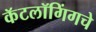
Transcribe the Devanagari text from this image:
कॅटलॉगिंगचे